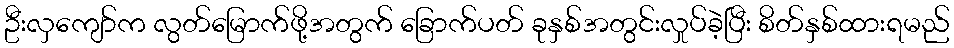
ဦးလှကျော်က လွတ်မြောက်ဖို့အတွက် ခြောက်ပတ် ခုနှစ်အတွင်းလှုပ်ခဲ့ပြီး စိတ်နှစ်ထားရမည်